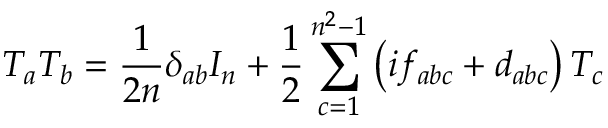
T _ { a } T _ { b } = { \frac { 1 } { 2 n } } \delta _ { a b } I _ { n } + { \frac { 1 } { 2 } } \sum _ { c = 1 } ^ { n ^ { 2 } - 1 } \left( i f _ { a b c } + d _ { a b c } \right) T _ { c }